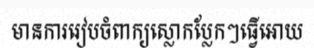
មានការរៀបចំពាក្យស្លោកប្លែកៗធ្វើអោយ